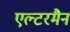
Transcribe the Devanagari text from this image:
एल्टरमैन